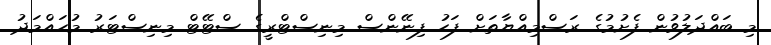
މި ބައްދަލުވުން ފެށުމުގެ ރަސްމިއްޔާތަށް ފަހު ފިނޭންސް މިނިސްޓްރީގެ ސްޓޭޓް މިނިސްޓަރު މުހައްމަދު